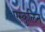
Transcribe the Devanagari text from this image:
एस्कुलिन